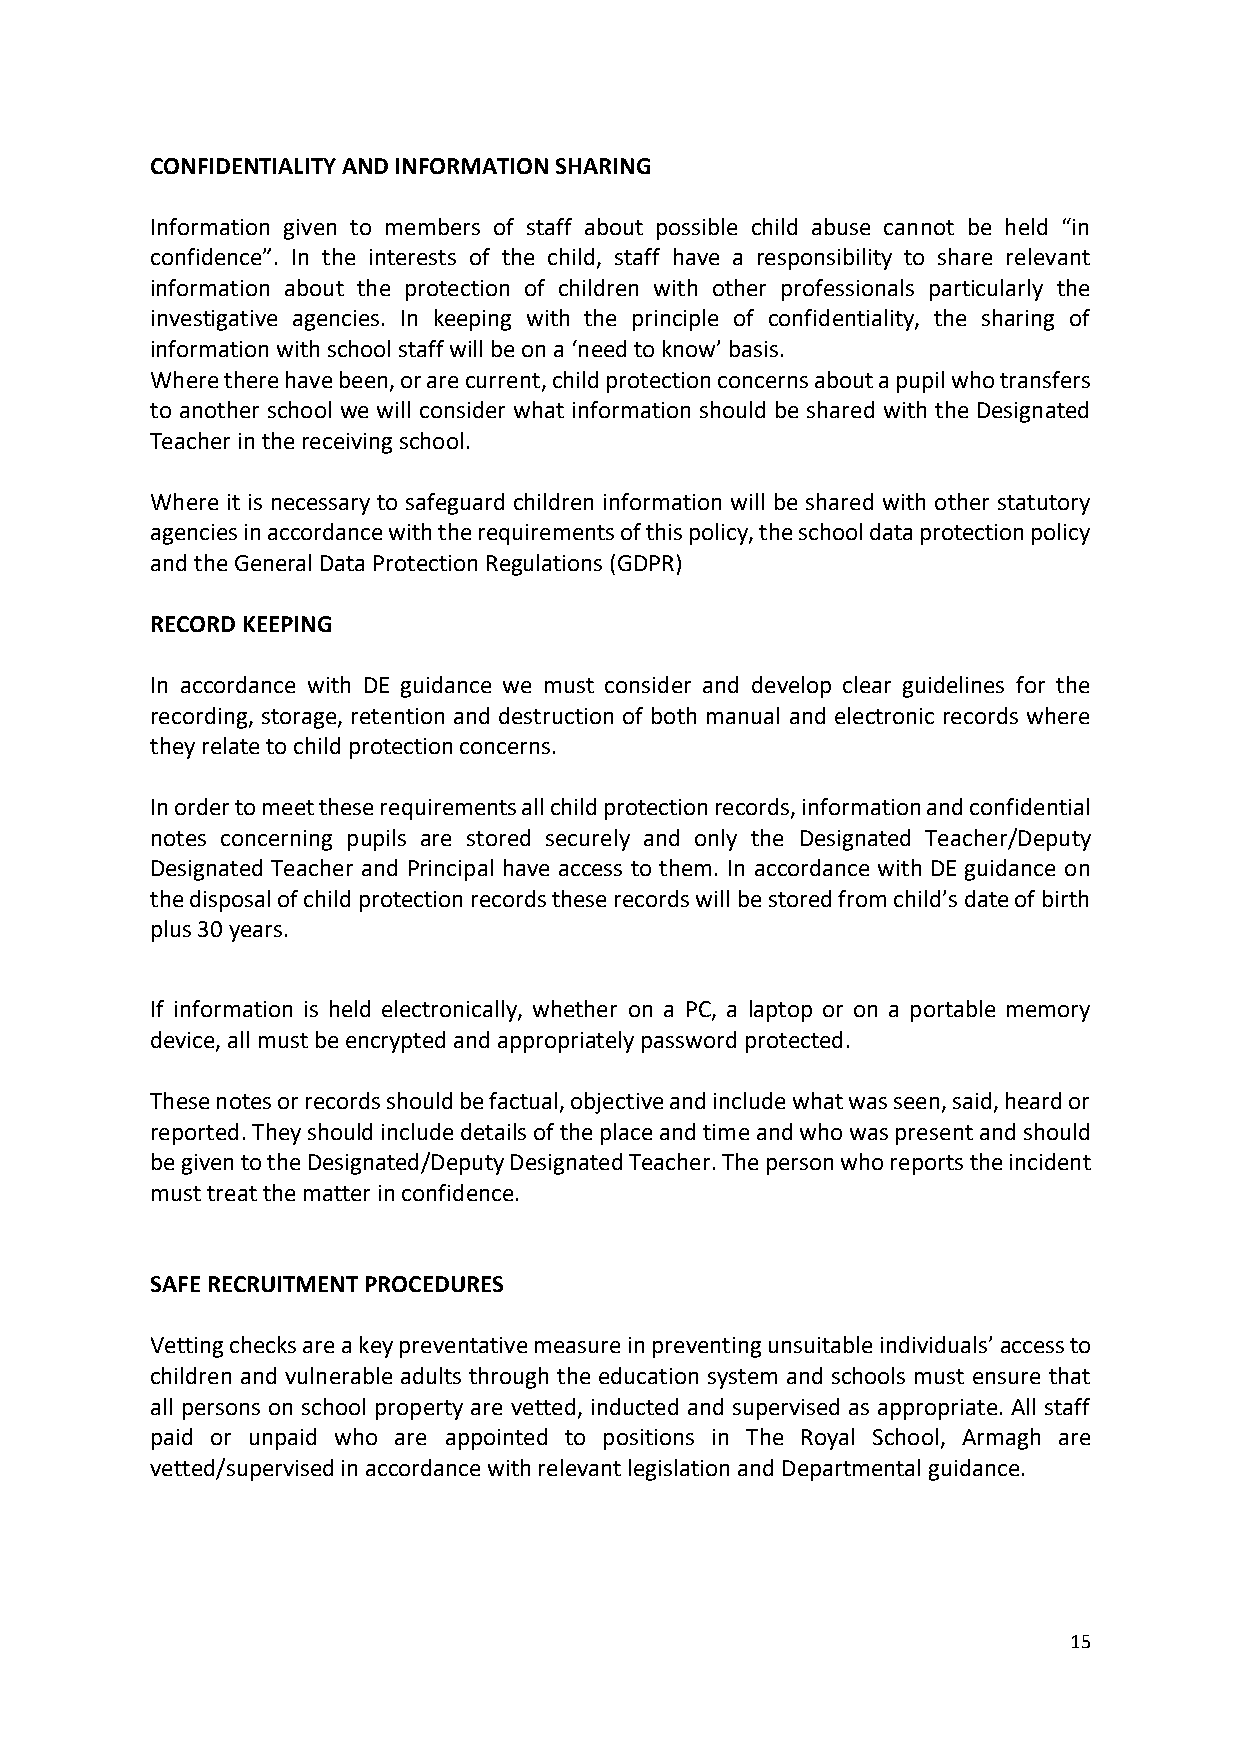
CONFIDENTIALITY AND INFORMATION SHARING
 Information given to members of staff about possible child abuse cannot be held “in
 confidence”. In the interests of the child, staff have a responsibility to share relevant
 information about the protection of children with other professionals particularly the
 investigative agencies. In keeping with the principle of confidentiality, the sharing of
 information with school staff will be on a ‘need to know’ basis.
 Where there have been, or are current, child protection concerns about a pupil who transfers
 to another school we will consider what information should be shared with the Designated
 Teacher in the receiving school.
 Where it is necessary to safeguard children information will be shared with other statutory
 agencies in accordance with the requirements of this policy, the school data protection policy
 and the General Data Protection Regulations (GDPR)
 RECORD KEEPING
 In accordance with DE guidance we must consider and develop clear guidelines for the
 recording, storage, retention and destruction of both manual and electronic records where
 they relate to child protection concerns.
 In order to meet these requirements all child protection records, information and confidential
 notes concerning pupils are stored securely and only the Designated Teacher/Deputy
 Designated Teacher and Principal have access to them. In accordance with DE guidance on
 the disposal of child protection records these records will be stored from child’s date of birth
 plus 30 years.
 If information is held electronically, whether on a PC, a laptop or on a portable memory
 device, all must be encrypted and appropriately password protected.
 These notes or records should be factual, objective and include what was seen, said, heard or
 reported. They should include details of the place and time and who was present and should
 be given to the Designated/Deputy Designated Teacher. The person who reports the incident
 must treat the matter in confidence.
 SAFE RECRUITMENT PROCEDURES
 Vetting checks are a key preventative measure in preventing unsuitable individuals’ access to
 children and vulnerable adults through the education system and schools must ensure that
 all persons on school property are vetted, inducted and supervised as appropriate. All staff
 paid or unpaid who are appointed to positions in The Royal School, Armagh are
 vetted/supervised in accordance with relevant legislation and Departmental guidance.
 15